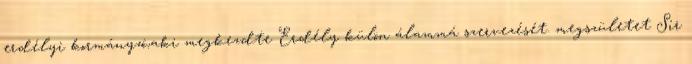
erdélyi kormányzó,aki megkezdte Erdély külön álammá szervezését. megszületet Sir